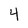
Character: 4